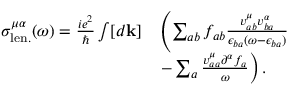
\begin{array} { r l } { \sigma _ { \mathrm { l e n . } } ^ { \mu \alpha } ( \omega ) = \frac { i e ^ { 2 } } { \hslash } \int [ d \mathbf { k } ] } & { \left( \sum _ { a b } f _ { a b } \frac { v _ { a b } ^ { \mu } v _ { b a } ^ { \alpha } } { \epsilon _ { b a } ( \omega - \epsilon _ { b a } ) } \right. } \\ & { \left. - \sum _ { a } \frac { v _ { a a } ^ { \mu } \partial ^ { \alpha } f _ { a } } { \omega } \right) \mathrm { . } } \end{array}